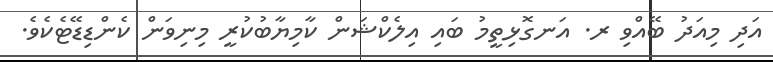
އަދި މިއަދު ބޭއްވި ރ. އަނގޮޅިތީމު ބައި އިލެކްޝަން ކާމިޔާބުކުރީ މިނިވަން ކެންޑިޑޭޓެކެވެ.